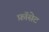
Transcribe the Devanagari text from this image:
फ़ॉसेट